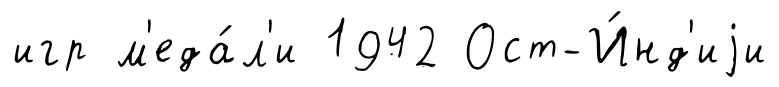
игр м'еда́л'и 1942 Ост-И́нд'иjи